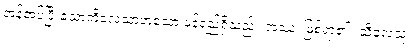
အန်အပ်ပြီးသောကိလေသာဟူသော ဖန်ရည်ရှိသည်။ အဿ၊ ဖြစ်ရာ၏။ သီလေသု၊